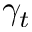
\gamma _ { t }